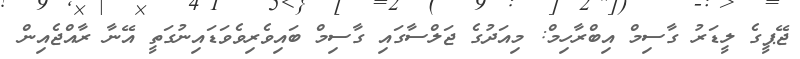
ޖޭޕީގެ ލީޑަރު ގާސިމް އިބްރާހިމް: މިއަދުގެ ޖަލްސާގައި ގާސިމް ބައިވެރިވެވަޑައިނުގަތީ އޭނާ ރާއްޖެއިން